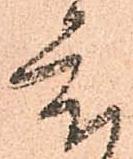
度